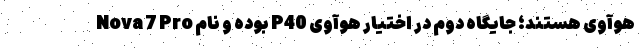
هوآوی هستند؛ جایگاه دوم در اختیار هوآوی P40 بوده و نام Nova 7 Pro